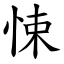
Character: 悚